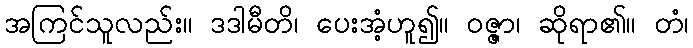
အကြင်သူလည်း။ ဒဒါမီတိ၊ ပေးအံ့ဟူ၍။ ဝဇ္ဇာ၊ ဆိုရာ၏။ တံ၊